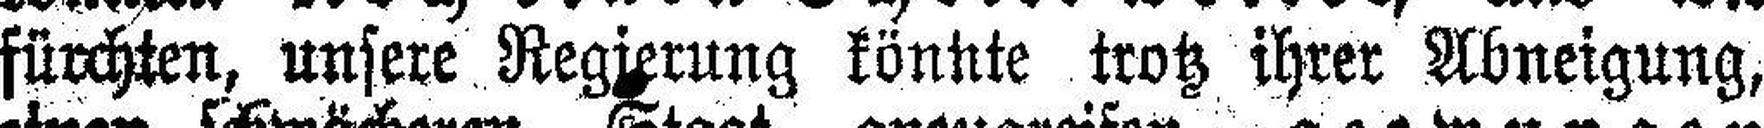
fürchten, unsere Regierung könnte trotz ihrer Abneigung,